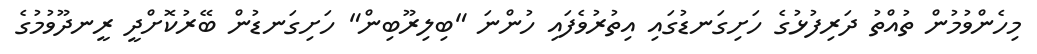
މިހެންވުމުން ތުއްތު ދަރިފުޅުގެ ހަށިގަނޑުގައި އިތުރުވެފައި ހުންނަ "ބިލިރޫބިން" ހަށިގަނޑުން ބޭރުކޮށްދީ ރީނދޫވުމުގެ